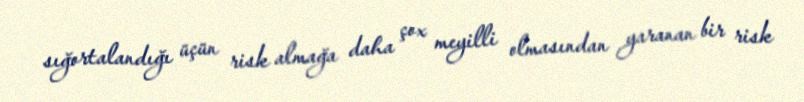
sığortalandığı üçün risk almağa daha çox meyilli olmasından yaranan bir risk